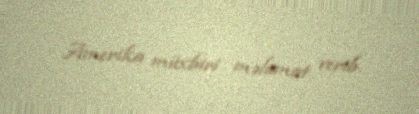
Amerika müxbiri məlumat verib.